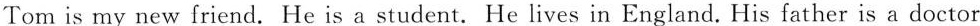
Tom is my new friend. He is a student. He lives in England.His father is a doctor